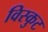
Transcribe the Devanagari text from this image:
विस्कुट